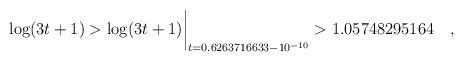
LaTeX: \begin{align*}\log(3t+1) > \log(3t+1)\biggr\rvert_{t=0.6263716633 - 10^{-10}} > 1.05748295164 \quad ,\end{align*}